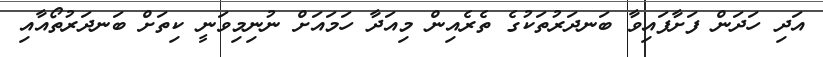
އަދި ހަދަން ފަށާފައިވާ ބަނދަރުތަކުގެ ތެރެއިން މިއަދާ ހަމައަށް ނުނިމިވަނީ ކިތަށް ބަނދަރުތޯއާއި